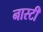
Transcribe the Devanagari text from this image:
नास्टी